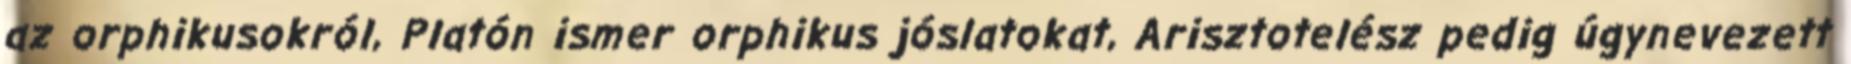
az orphikusokról, Platón ismer orphikus jóslatokat, Arisztotelész pedig úgynevezett